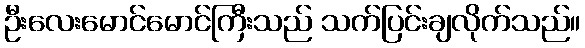
ဦးလေးမောင်မောင်ကြီးသည် သက်ပြင်းချလိုက်သည်။